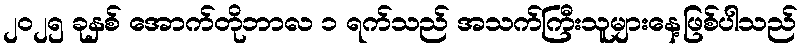
၂၀၂၅ ခုနှစ် အောက်တိုဘာလ ၁ ရက်သည် အသက်ကြီးသူများနေ့ဖြစ်ပါသည်